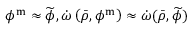
\boldsymbol { \phi ^ { \mathrm { m } } } \approx \widetilde { \boldsymbol { \phi } } , \dot { \omega } \left( \bar { \rho } , \boldsymbol { \phi ^ { \mathrm { m } } } \right) \approx \dot { \omega } ( \bar { \rho } , \widetilde { \phi } )